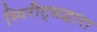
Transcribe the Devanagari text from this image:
स्पिरीट्सद्वारा